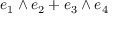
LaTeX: e _ { 1 } \wedge e _ { 2 } + e _ { 3 } \wedge e _ { 4 }